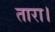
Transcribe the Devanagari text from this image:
तारा।